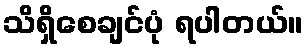
သိရှိစေချင်ပုံ ရပါတယ်။